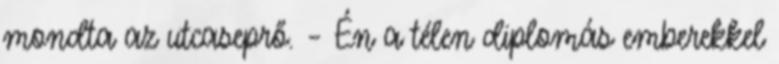
mondta az utcaseprő. – Én a télen diplomás emberekkel